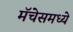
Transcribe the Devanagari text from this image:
मॅचेसमध्ये